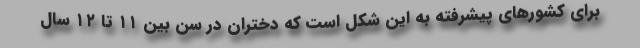
برای کشورهای پیشرفته به این شکل است که دختران در سن بین ۱۱ تا ۱۲ سال